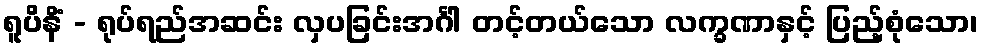
ရူပိနိံ - ရုပ်ရည်အဆင်း လှပခြင်းအင်္ဂါ တင့်တယ်သော လက္ခဏာနှင့် ပြည့်စုံသော၊